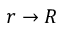
r \to R